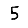
Digit: 5